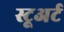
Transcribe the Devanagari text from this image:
स्टूअर्ट